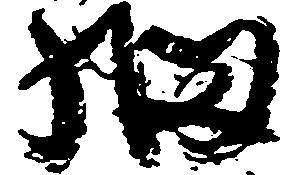
細